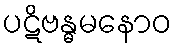
ပဋိဗန္ဓမနောဝ